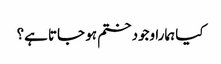
کیا ہمارا وجود ختم ہو جاتا ہے؟